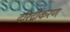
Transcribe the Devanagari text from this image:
दरिद्रीकरण